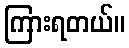
ကြားရတယ်။